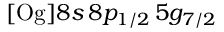
[ \mathrm { O g } ] 8 s \, 8 p _ { 1 / 2 } \, 5 g _ { 7 / 2 }